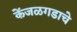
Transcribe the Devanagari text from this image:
केंजळगडाचे